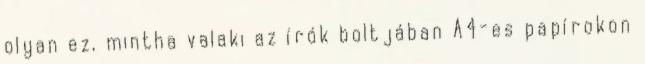
olyan ez, mintha valaki az írók boltjában A4-es papírokon